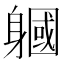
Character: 𨉹